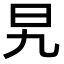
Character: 旯